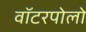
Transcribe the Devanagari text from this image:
वॉटरपोलो